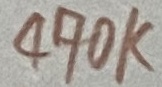
Text: 470K